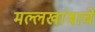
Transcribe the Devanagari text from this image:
मल्लखांबाचे